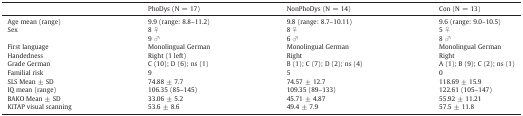
|  | PhoDys (N = 17) | NonPhoDys (N = 14) | Con (N = 13) |
 | --- | --- | --- | --- |
 | Age mean (range) | 9.9 (range: 8.8–11.2) | 9.8 (range: 8.7–10.11) | 9.6 (range: 9.0–10.5) |
 | <ROWSPAN=2> Sex | 8 ♀ | 8 ♀ | 5 ♀ |
 | 9 ♂ | 6 ♂ | 8 ♂ |
 | First language | Monolingual German | Monolingual German | Monolingual German |
 | Handedness | Right (1 left) | Right | Right |
 | Grade German | C (10); D (6); ns (1) | B (1); C (7); D (2); ns (4) | A (1); B (9); C (2); ns (1) |
 | Familial risk | 9 | 5 | 0 |
 | SLS Mean ± SD | 74.88 ± 7.7 | 74.57 ± 12.7 | 118.69 ± 15.9 |
 | IQ mean (range) | 106.35 (85–145) | 109.35 (89–133) | 122.61 (105–147) |
 | BAKO Mean ± SD | 33.06 ± 5.2 | 45.71 ± 4.87 | 55.92 ± 11.21 |
 | KiTAP visual scanning | 53.6 ± 8.6 | 49.4 ± 7.9 | 57.5 ± 11.8 |